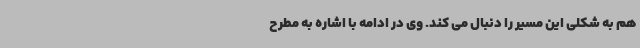
هم به شکلی این مسیر را دنبال می کند. وی در ادامه با اشاره به مطرح